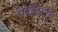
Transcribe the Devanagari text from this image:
रिबाउंडमुळे